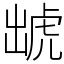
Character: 䖓